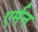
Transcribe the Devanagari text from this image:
एर्मन